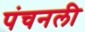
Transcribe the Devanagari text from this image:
पंचनली